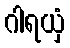
ဂါရယှံ